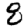
Digit: 8